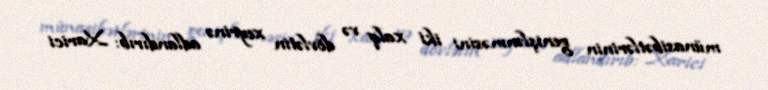
münasibətlərinin genişlənməsini iki xalq və dövlətin xeyrinə adlandırıb: Xarici